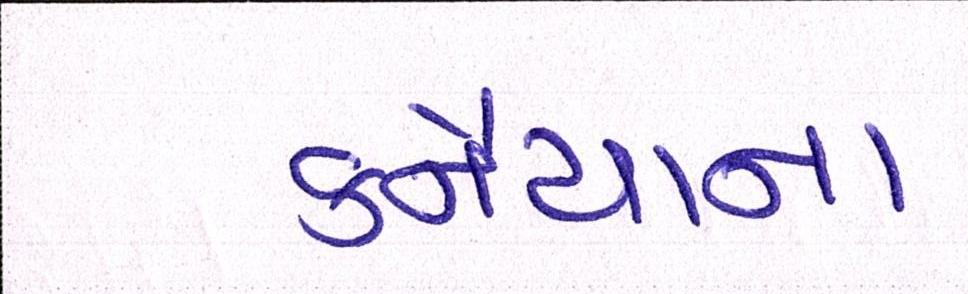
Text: કનૈયાના